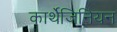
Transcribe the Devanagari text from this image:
कार्थेजिनियन